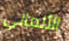
الألماني